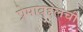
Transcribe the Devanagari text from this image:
प्रेमाबद्दलची